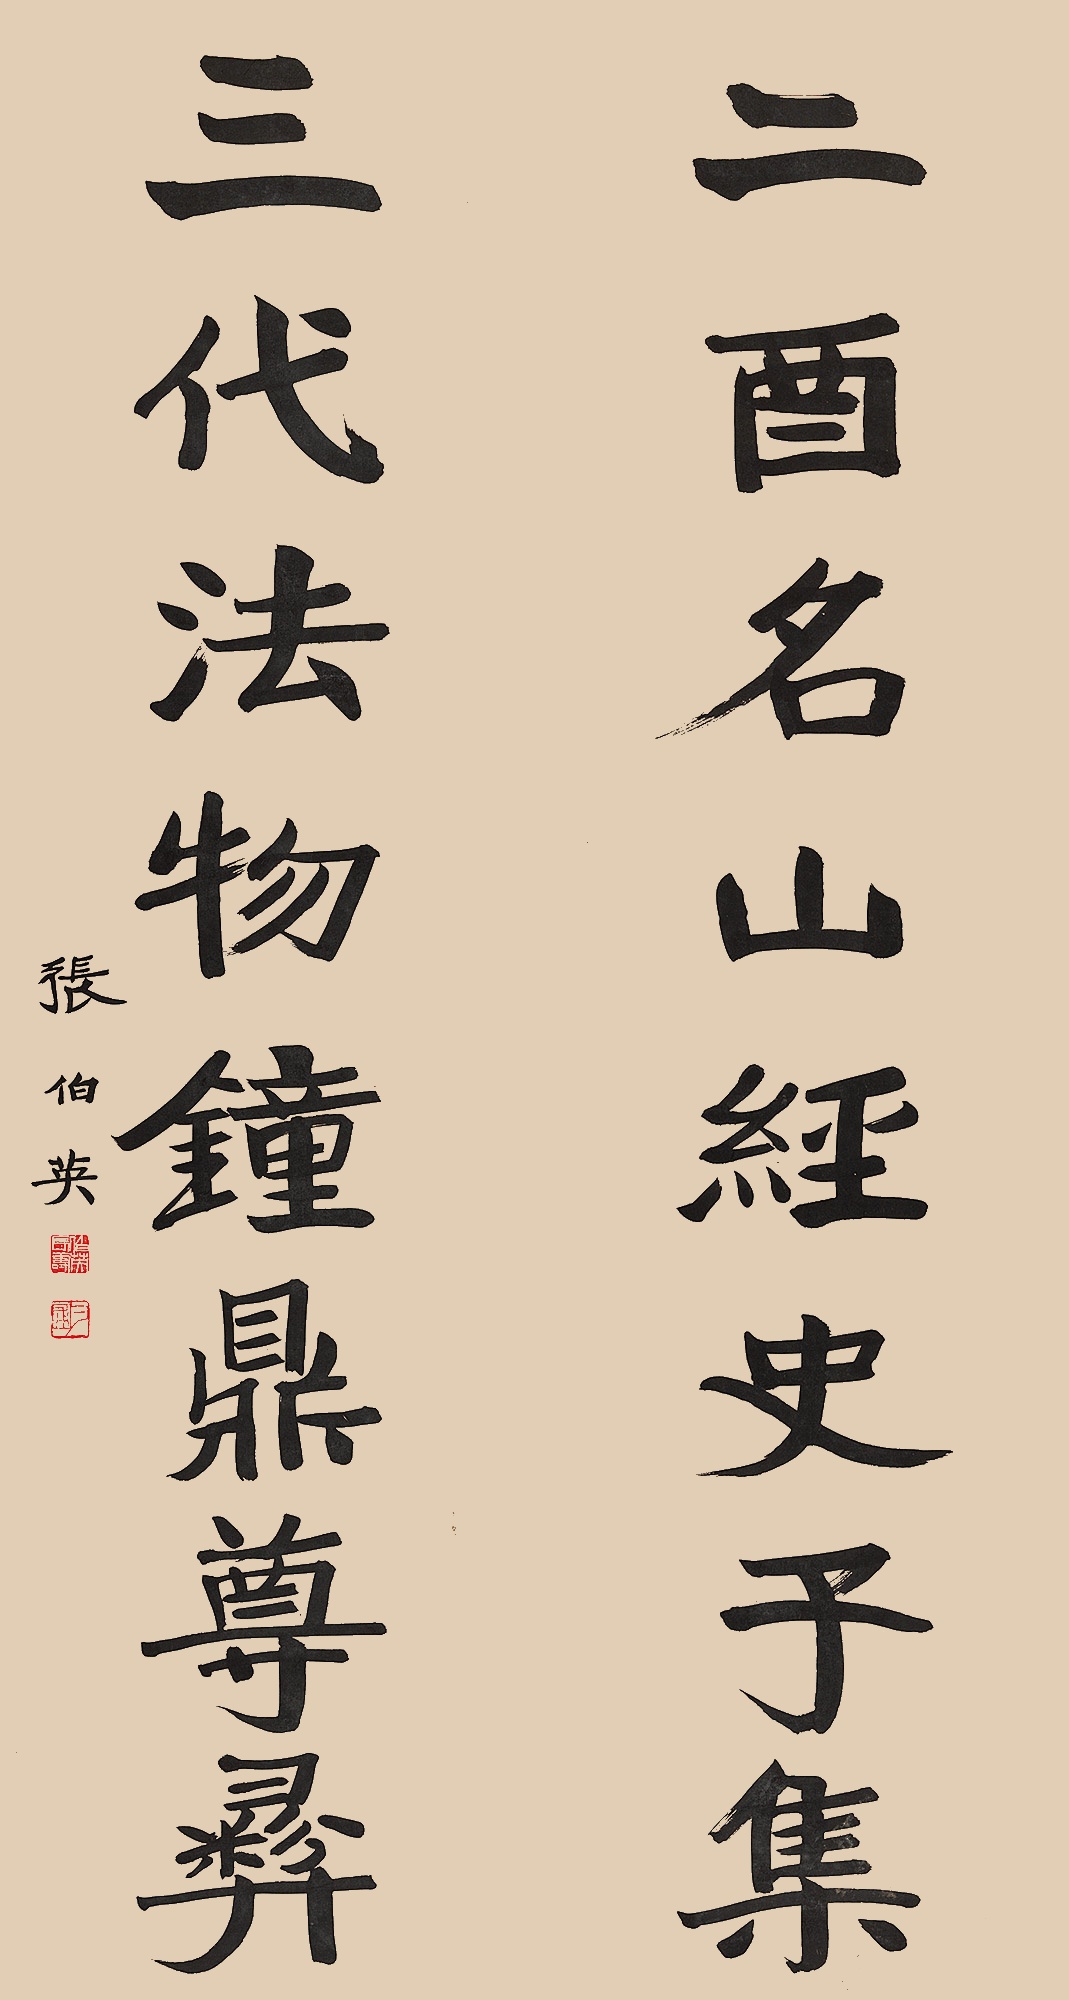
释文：二酉名山经史子集，三代法物钟鼎尊彝。张伯英。